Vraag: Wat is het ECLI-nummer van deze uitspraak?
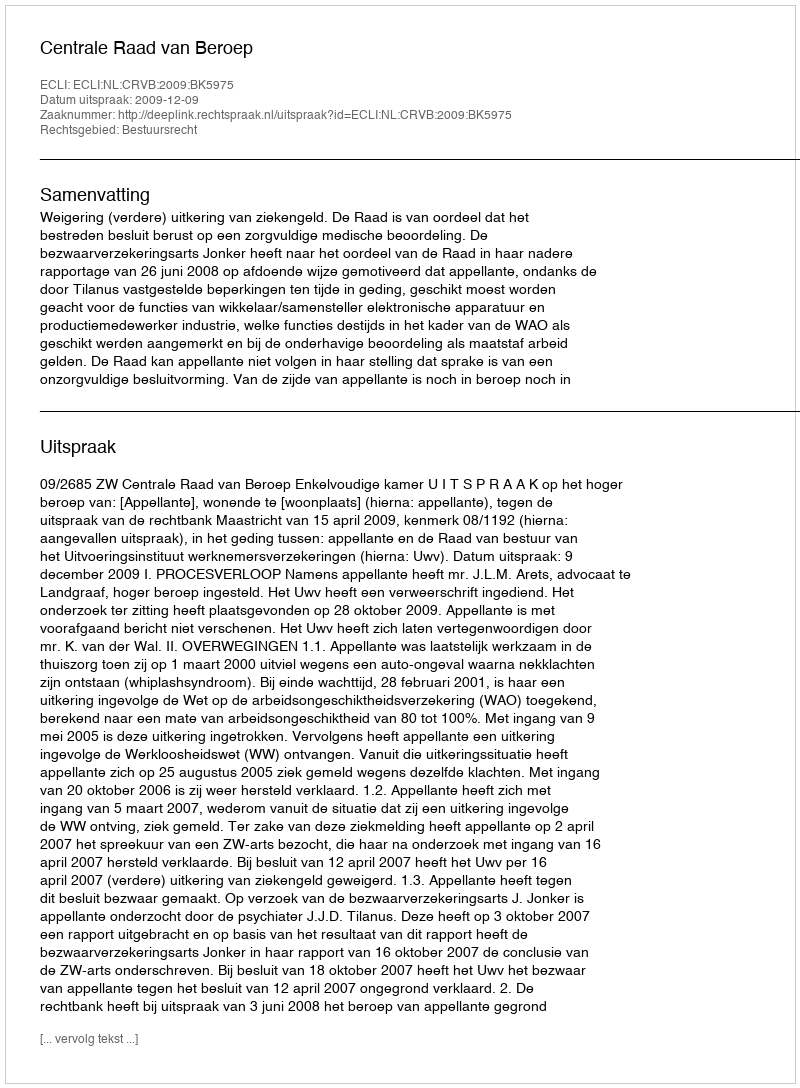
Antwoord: ECLI:NL:CRVB:2009:BK5975